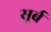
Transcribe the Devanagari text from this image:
सूर्ब